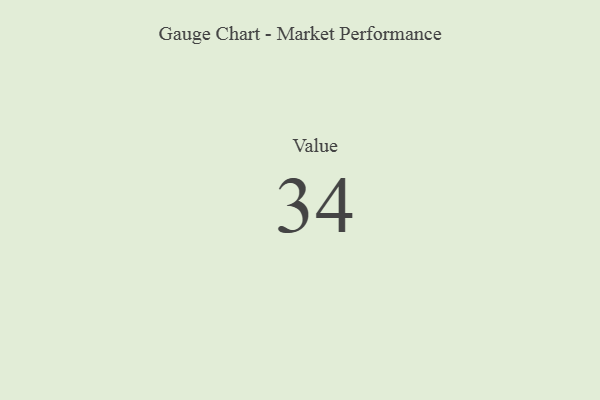
{"axis": {"x": "Metric", "y": "Value"}, "legend": [""], "data": [{"x": "Value", "y": 34, "type": ""}]}